Cholera in India, 1862 to 1881
Year: 1862
Disease focus: Cholera
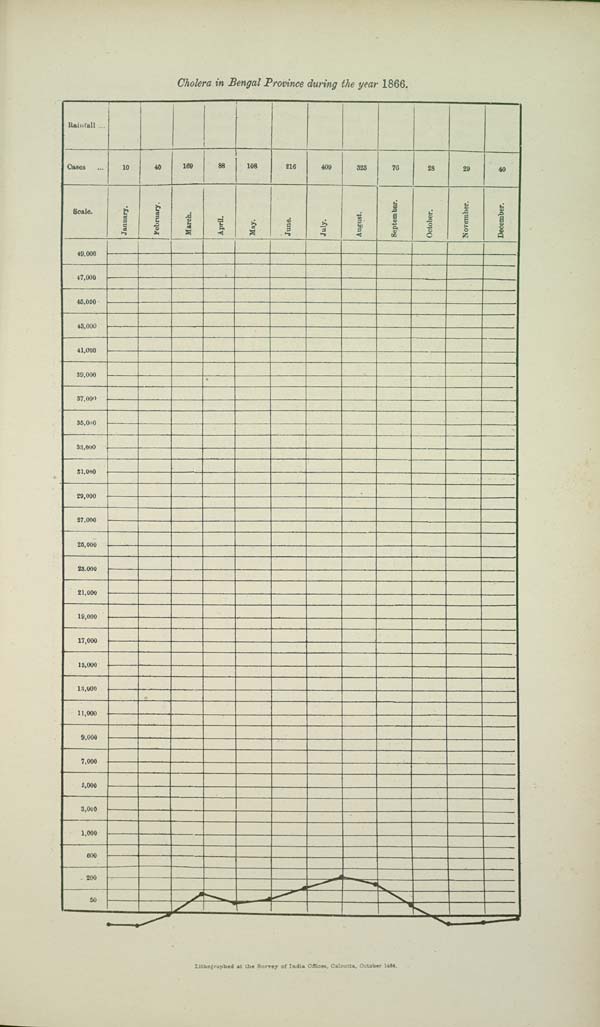
Cholera in Bengal Province during the year 1866.
Lithographed at the Survey of India Offices, Calcutta, October 1884.